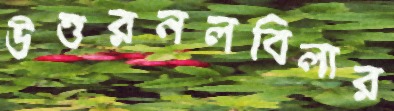
উত্তরনলবিলার